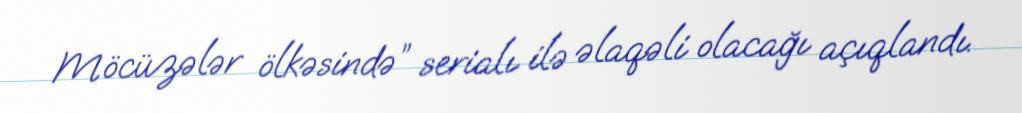
Möcüzələr ölkəsində” serialı ilə əlaqəli olacağı açıqlandı.